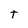
Character: t